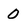
Character: 0